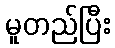
မူတည်ပြီး